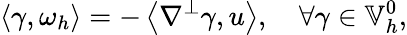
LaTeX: \left\langle\gamma,\omega_{h}\right\rangle=-\left\langle\nabla^{\perp}\gamma,u\right\rangle,\quad\forall\gamma\in\mathbb{V}_{h}^{0},